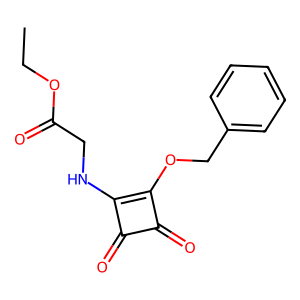
SMILES: CCOC(=O)CNc1c(OCc2ccccc2)c(=O)c1=O
Inhibits HIV replication: No